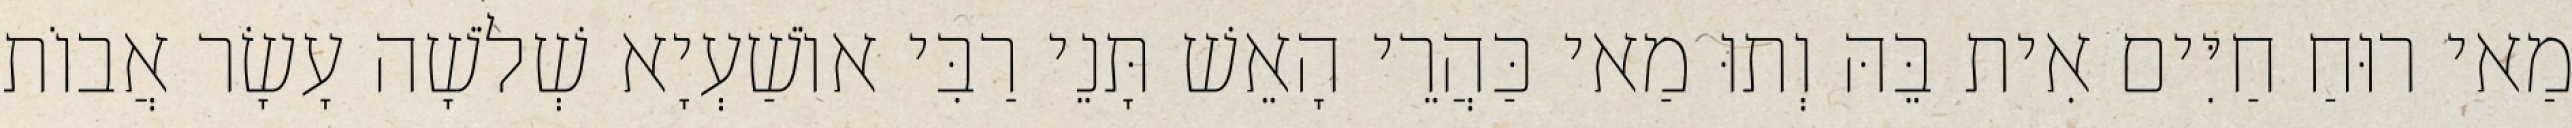
מַאי רוּחַ חַיִּים אִית בֵּהּ וְתוּ מַאי כַּהֲרֵי הָאֵשׁ תָּנֵי רַבִּי אוֹשַׁעְיָא שְׁלֹשָׁה עָשָׂר אֲבוֹת